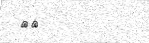
٣٨